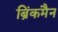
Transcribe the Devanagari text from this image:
ब्रिंकमैन